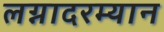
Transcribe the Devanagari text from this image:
लग्नादरम्यान